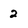
Character: 2